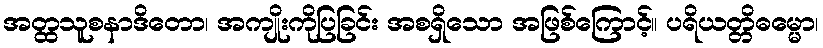
အတ္ထသူစနာဒိတော၊ အကျိုးကိုပြခြင်း အစရှိသော အဖြစ်ကြောင့်။ ပရိယတ္တိဓမ္မော၊